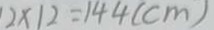
2 \times 1 2 = 1 4 4 ( c m )